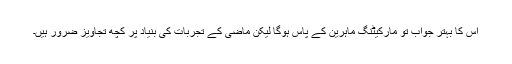
اس کا بہتر جواب تو مارکیٹنگ ماہرین کے پاس ہوگا لیکن ماضی کے تجربات کی بنیاد پر کچھ تجاویز ضرور ہیں۔